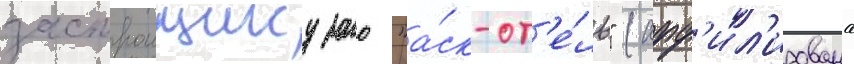
застроищику зао "а́ск-от'е́ль" (афф'ил'ирована